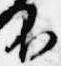
不